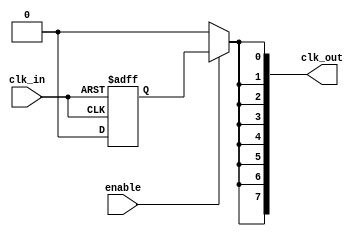
module high_fanout_clock_buffer (
    input wire clk_in,          // Incoming clock signal
    input wire enable,          // Enable signal for the buffer
    output wire [N-1:0] clk_out // Array of output clock signals
);
    parameter N = 8;            // Number of outputs
    parameter DELAY = 2;        // Propagation delay (in simulation units)
    
    wire clk_buf;               // Buffered clock signal
    wire [N-1:0] clk_driver;    // Fanout driver outputs

    // Input Buffer with Schmitt Trigger characteristics
    reg clk_buf_reg;
    always @(posedge clk_in or negedge clk_in) begin
        if (clk_in) begin
            clk_buf_reg <= 1'b1; // High state
        end else begin
            clk_buf_reg <= 1'b0; // Low state
        end
    end
    assign clk_buf = clk_buf_reg;

    // Fanout Driver Stage
    generate
        genvar i;
        for (i = 0; i < N; i = i + 1) begin : fanout_driver
            // Simple inverter/buffer for fanout
            assign #DELAY clk_driver[i] = clk_buf;
        end
    endgenerate

    // Output Buffers with enable control
    generate
        for (i = 0; i < N; i = i + 1) begin : output_buffer
            assign clk_out[i] = enable ? clk_driver[i] : 1'b0; // Output is zero when disabled
        end
    endgenerate

endmodule